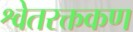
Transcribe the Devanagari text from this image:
श्वेतरक्तकण